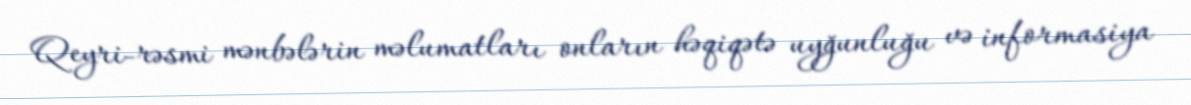
Qeyri-rəsmi mənbələrin məlumatları onların həqiqətə uyğunluğu və informasiya